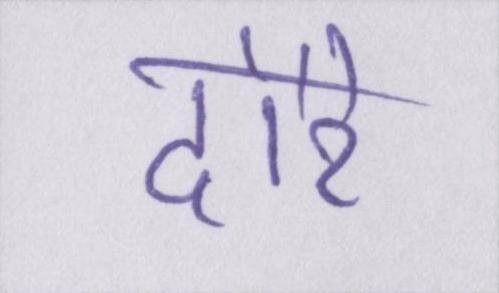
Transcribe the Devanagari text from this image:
दौरे